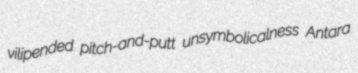
vilipended pitch-and-putt unsymbolicalness Antara